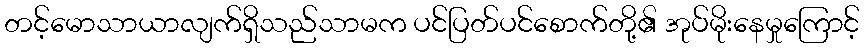
တင့်မောသာယာလျက်ရှိသည်သာမက ပင်ပြတ်ပင်စောက်တို့၏ အုပ်မိုးနေမှုကြောင့်